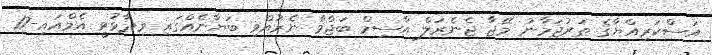
އަސްކަރިއްޔާގެ ތަރުޖަމާނު މޭޖާ ޖެނެރަލް އާސިމް ބަޖްވާ ނެރުއްވި ބަޔާނެއްގައި ވިދާޅުވީ އެމްއައި-17